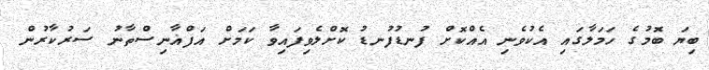
ބިޔަ ބޮމުގެ ހަމަލާގައި އެކުވެނި އެއްކޮށް ފުނޑުފުނޑު ކޮށްލެވިފައިވާ ކަމަށް އަފްޣާނިސްތާނު ސަރުކާރުން